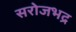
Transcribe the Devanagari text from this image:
सरोजभद्र